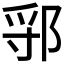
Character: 𬪃